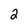
Character: 2